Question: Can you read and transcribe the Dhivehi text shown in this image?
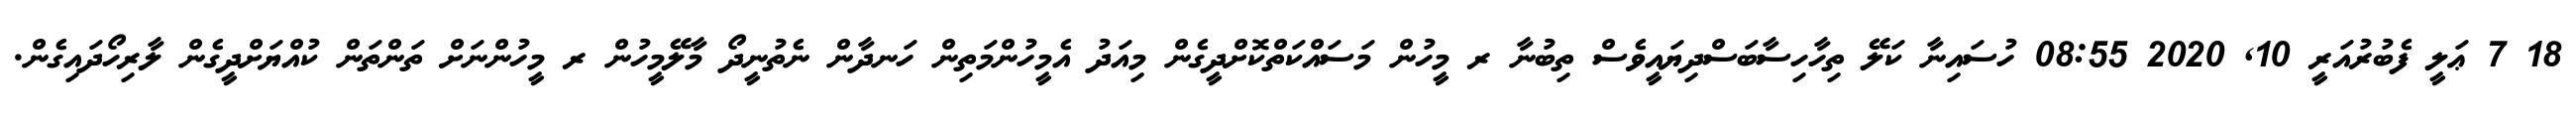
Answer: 18 7 ޢަލީ ފެބުރުއަރީ 10, 2020 08:55 ހުސައިނާ ކަލޭ ތިހާހިސާބަސްދިޔައީވެސް ތިބުނާ ރ މީހުން މަސައްކަތްކޮށްދީގެން މިއަދު އެމީހުންމަތިން ހަނދާން ނެތުނީދޯ މާލޭމީހުން ރ މީހުންނަށް ތަންތަން ކުއްޔަށްދީގެން ލާރިހޯދައިގެން.